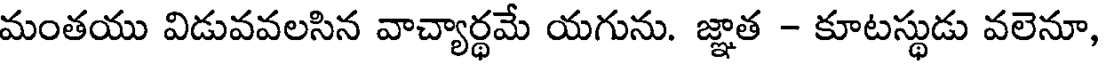
మంతయు విడువవలసిన వాచ్యార్థమే యగును. జ్ఞాత - కూటస్థుడు వలెనూ,